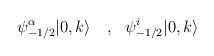
LaTeX: \begin{align*}\psi^{\alpha}_{-1/2} |0,k \rangle~~~,~~\psi^{i}_{-1/2} |0,k \rangle\end{align*}